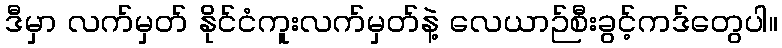
ဒီမှာ လက်မှတ် နိုင်ငံကူးလက်မှတ်နဲ့ လေယာဉ်စီးခွင့်ကဒ်တွေပါ။